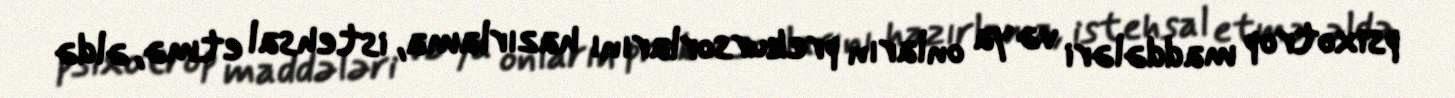
psixotrop maddələri və ya onların prekursorlarını hazırlama, istehsal etmə, əldə